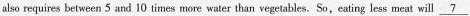
also requires between 5 and 10 times more water than vegetables. So,eating less meat will \underline{7}